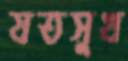
যতসুখ